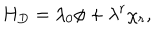
LaTeX: H _ { D } = \lambda _ { 0 } \phi + \lambda ^ { r } \chi _ { r } ,